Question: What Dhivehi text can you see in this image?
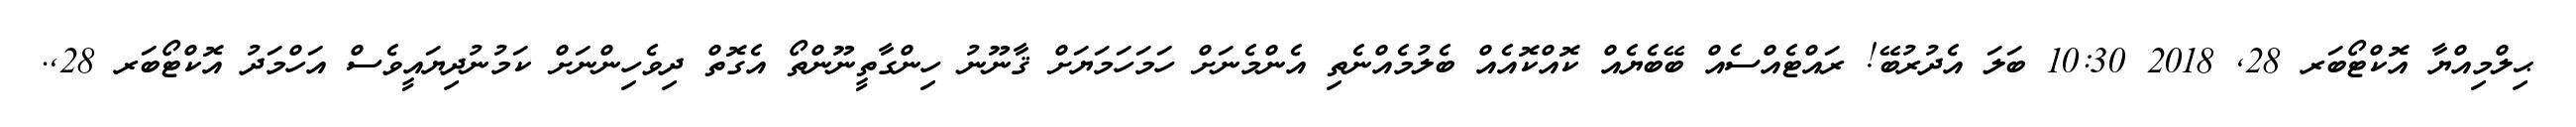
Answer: ޙިލްމިއްޔާ އޮކްޓޯބަރ 28, 2018 10:30 ބަލަ އެދުރުބޭ! ރައްޓެއްސެއް ބޭބެޔެއް ކޮއްކޮއެއް ބެލުމެއްނެތި އެންމެނަށް ހަމަހަމަޔަށް ޤާނޫނު ހިންގާތީނޫންތޯ އެގޮތް ދިވެހިންނަށް ކަމުނުދިޔައީވެސް އަހްމަދު އޮކްޓޯބަރ 28,.